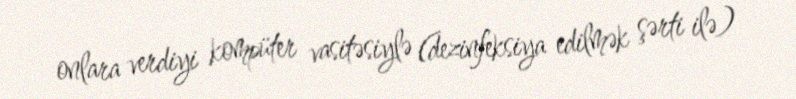
onlara verdiyi kompüter vasitəsiylə (dezinfeksiya edilmək şərti ilə)